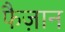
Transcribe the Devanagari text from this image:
फैज़ान